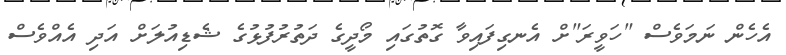
އެހެން ނަމަވެސް "ހަވީރަ"ށް އެނގިފައިވާ ގޮތުގައި މޯދީގެ ދަތުރުފުޅުގެ ޝެޑިއުލަށް އަދި އެއްވެސް